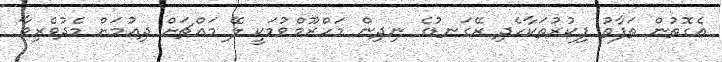
އެގޮތުން ތަފާތު ފިކުރުތަކާހެދި ރޭގަނޑުގެ ނިދިން މަހްރޫމްވުމަކީ ލޭ މައްޗަށް ދިއުމަށް މެދުވެރިވާ